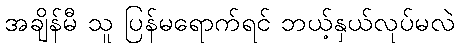
အချိန်မီ သူ ပြန်မရောက်ရင် ဘယ့်နှယ်လုပ်မလဲ